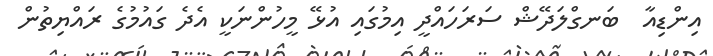
އިންޑިއާ  ބަނގްލަދޭޝް ސަރަހައްދީ އިމުގައި އުޅޭ މީހުންނަކީ އެދެ ގައުމުގެ ރައްޔިތުން